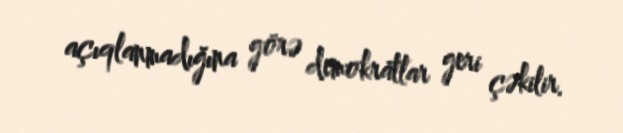
açıqlanmadığına görə demokratlar geri çəkilir.